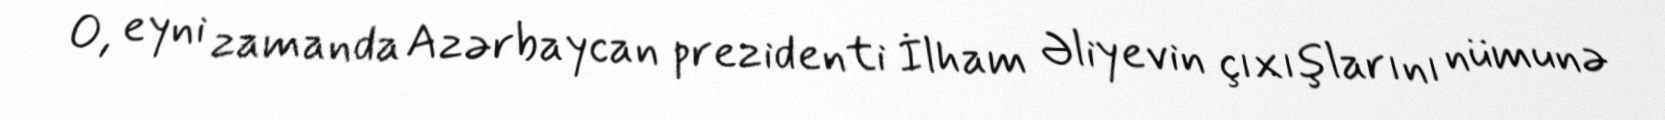
O, eyni zamanda Azərbaycan prezidenti İlham Əliyevin çıxışlarını nümunə